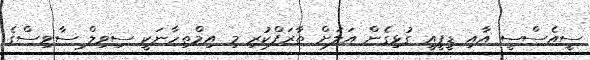
ސީއެސްސީ އާއި ޑީޕީއީ ގުޅިގެން އަލަށް ތާރަފްކުރި މިި އިމްތިހާނަކީ ސިވިލް ސާވިސްގެ